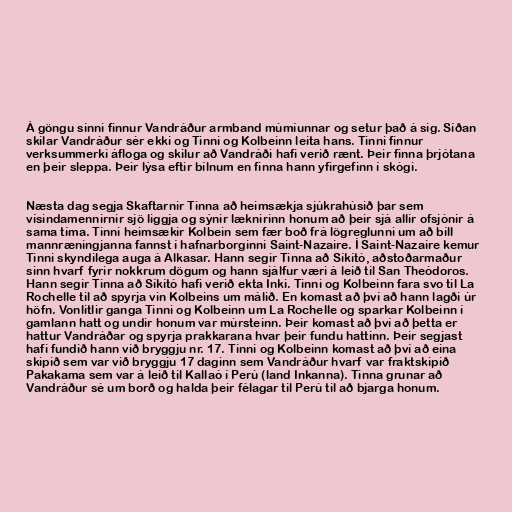
Á göngu sinni finnur Vandráður armband múmíunnar og setur það á sig. Síðan
skilar Vandráður sér ekki og Tinni og Kolbeinn leita hans. Tinni finnur
verksummerki áfloga og skilur að Vandráði hafi verið rænt. Þeir finna þrjótana
en þeir sleppa. Þeir lýsa eftir bílnum en finna hann yfirgefinn í skógi.

Næsta dag segja Skaftarnir Tinna að heimsækja sjúkrahúsið þar sem
vísindamennirnir sjö liggja og sýnir læknirinn honum að þeir sjá allir ofsjónir á
sama tíma. Tinni heimsækir Kolbein sem fær boð frá lögreglunni um að bíll
mannræningjanna fannst í hafnarborginni Saint-Nazaire. Í Saint-Nazaire kemur
Tinni skyndilega auga á Alkasar. Hann segir Tinna að Síkító, aðstoðarmaður
sinn hvarf fyrir nokkrum dögum og hann sjálfur væri á leið til San Theódoros.
Hann segir Tinna að Síkító hafi verið ekta Inki. Tinni og Kolbeinn fara svo til La
Rochelle til að spyrja vin Kolbeins um málið. En komast að því að hann lagði úr
höfn. Vonlitlir ganga Tinni og Kolbeinn um La Rochelle og sparkar Kolbeinn í
gamlann hatt og undir honum var múrsteinn. Þeir komast að því að þetta er
hattur Vandráðar og spyrja prakkarana hvar þeir fundu hattinn. Þeir segjast
hafi fundið hann við bryggju nr. 17. Tinni og Kolbeinn komast að því að eina
skipið sem var við bryggju 17 daginn sem Vandráður hvarf var fraktskipið
Pakakama sem var á leið til Kallaó í Perú (land Inkanna). Tinna grunar að
Vandráður sé um borð og halda þeir félagar til Perú til að bjarga honum.